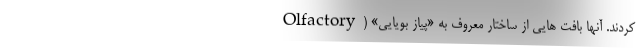
کردند. آنها بافت هایی از ساختار معروف به «پیاز بویایی» (Olfactory